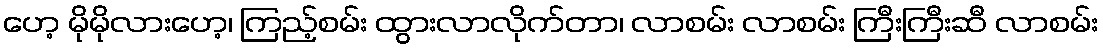
ဟေ့ မိုမိုလားဟေ့၊ ကြည့်စမ်း ထွားလာလိုက်တာ၊ လာစမ်း လာစမ်း ကြီးကြီးဆီ လာစမ်း